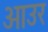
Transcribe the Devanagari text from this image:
आउर